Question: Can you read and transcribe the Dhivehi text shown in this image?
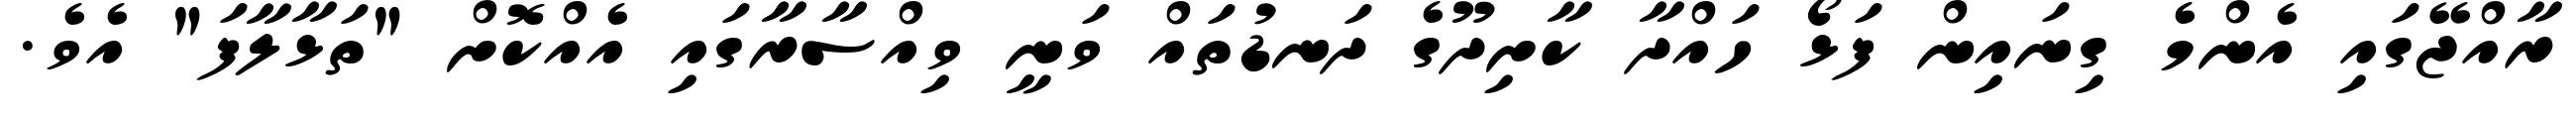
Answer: ރާއްޖޭގައި އެންމެ ގިނައިން ފަޅޯ ހައްދާ ކާށިދޫގެ ދަނޑުތައް ވަނީ ވިއްސާރާގައި އެއްކޮށް "ތަޅާލާފަ" އެވެ.